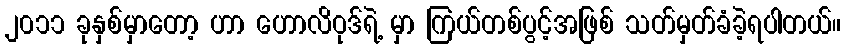
၂၀၁၁ ခုနှစ်မှာတော့ ဟာ ဟောလိဝုဒ်ရဲ့ မှာ ကြယ်တစ်ပွင့်အဖြစ် သတ်မှတ်ခံခဲ့ရပါတယ်။